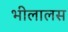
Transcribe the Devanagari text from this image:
भीलालस